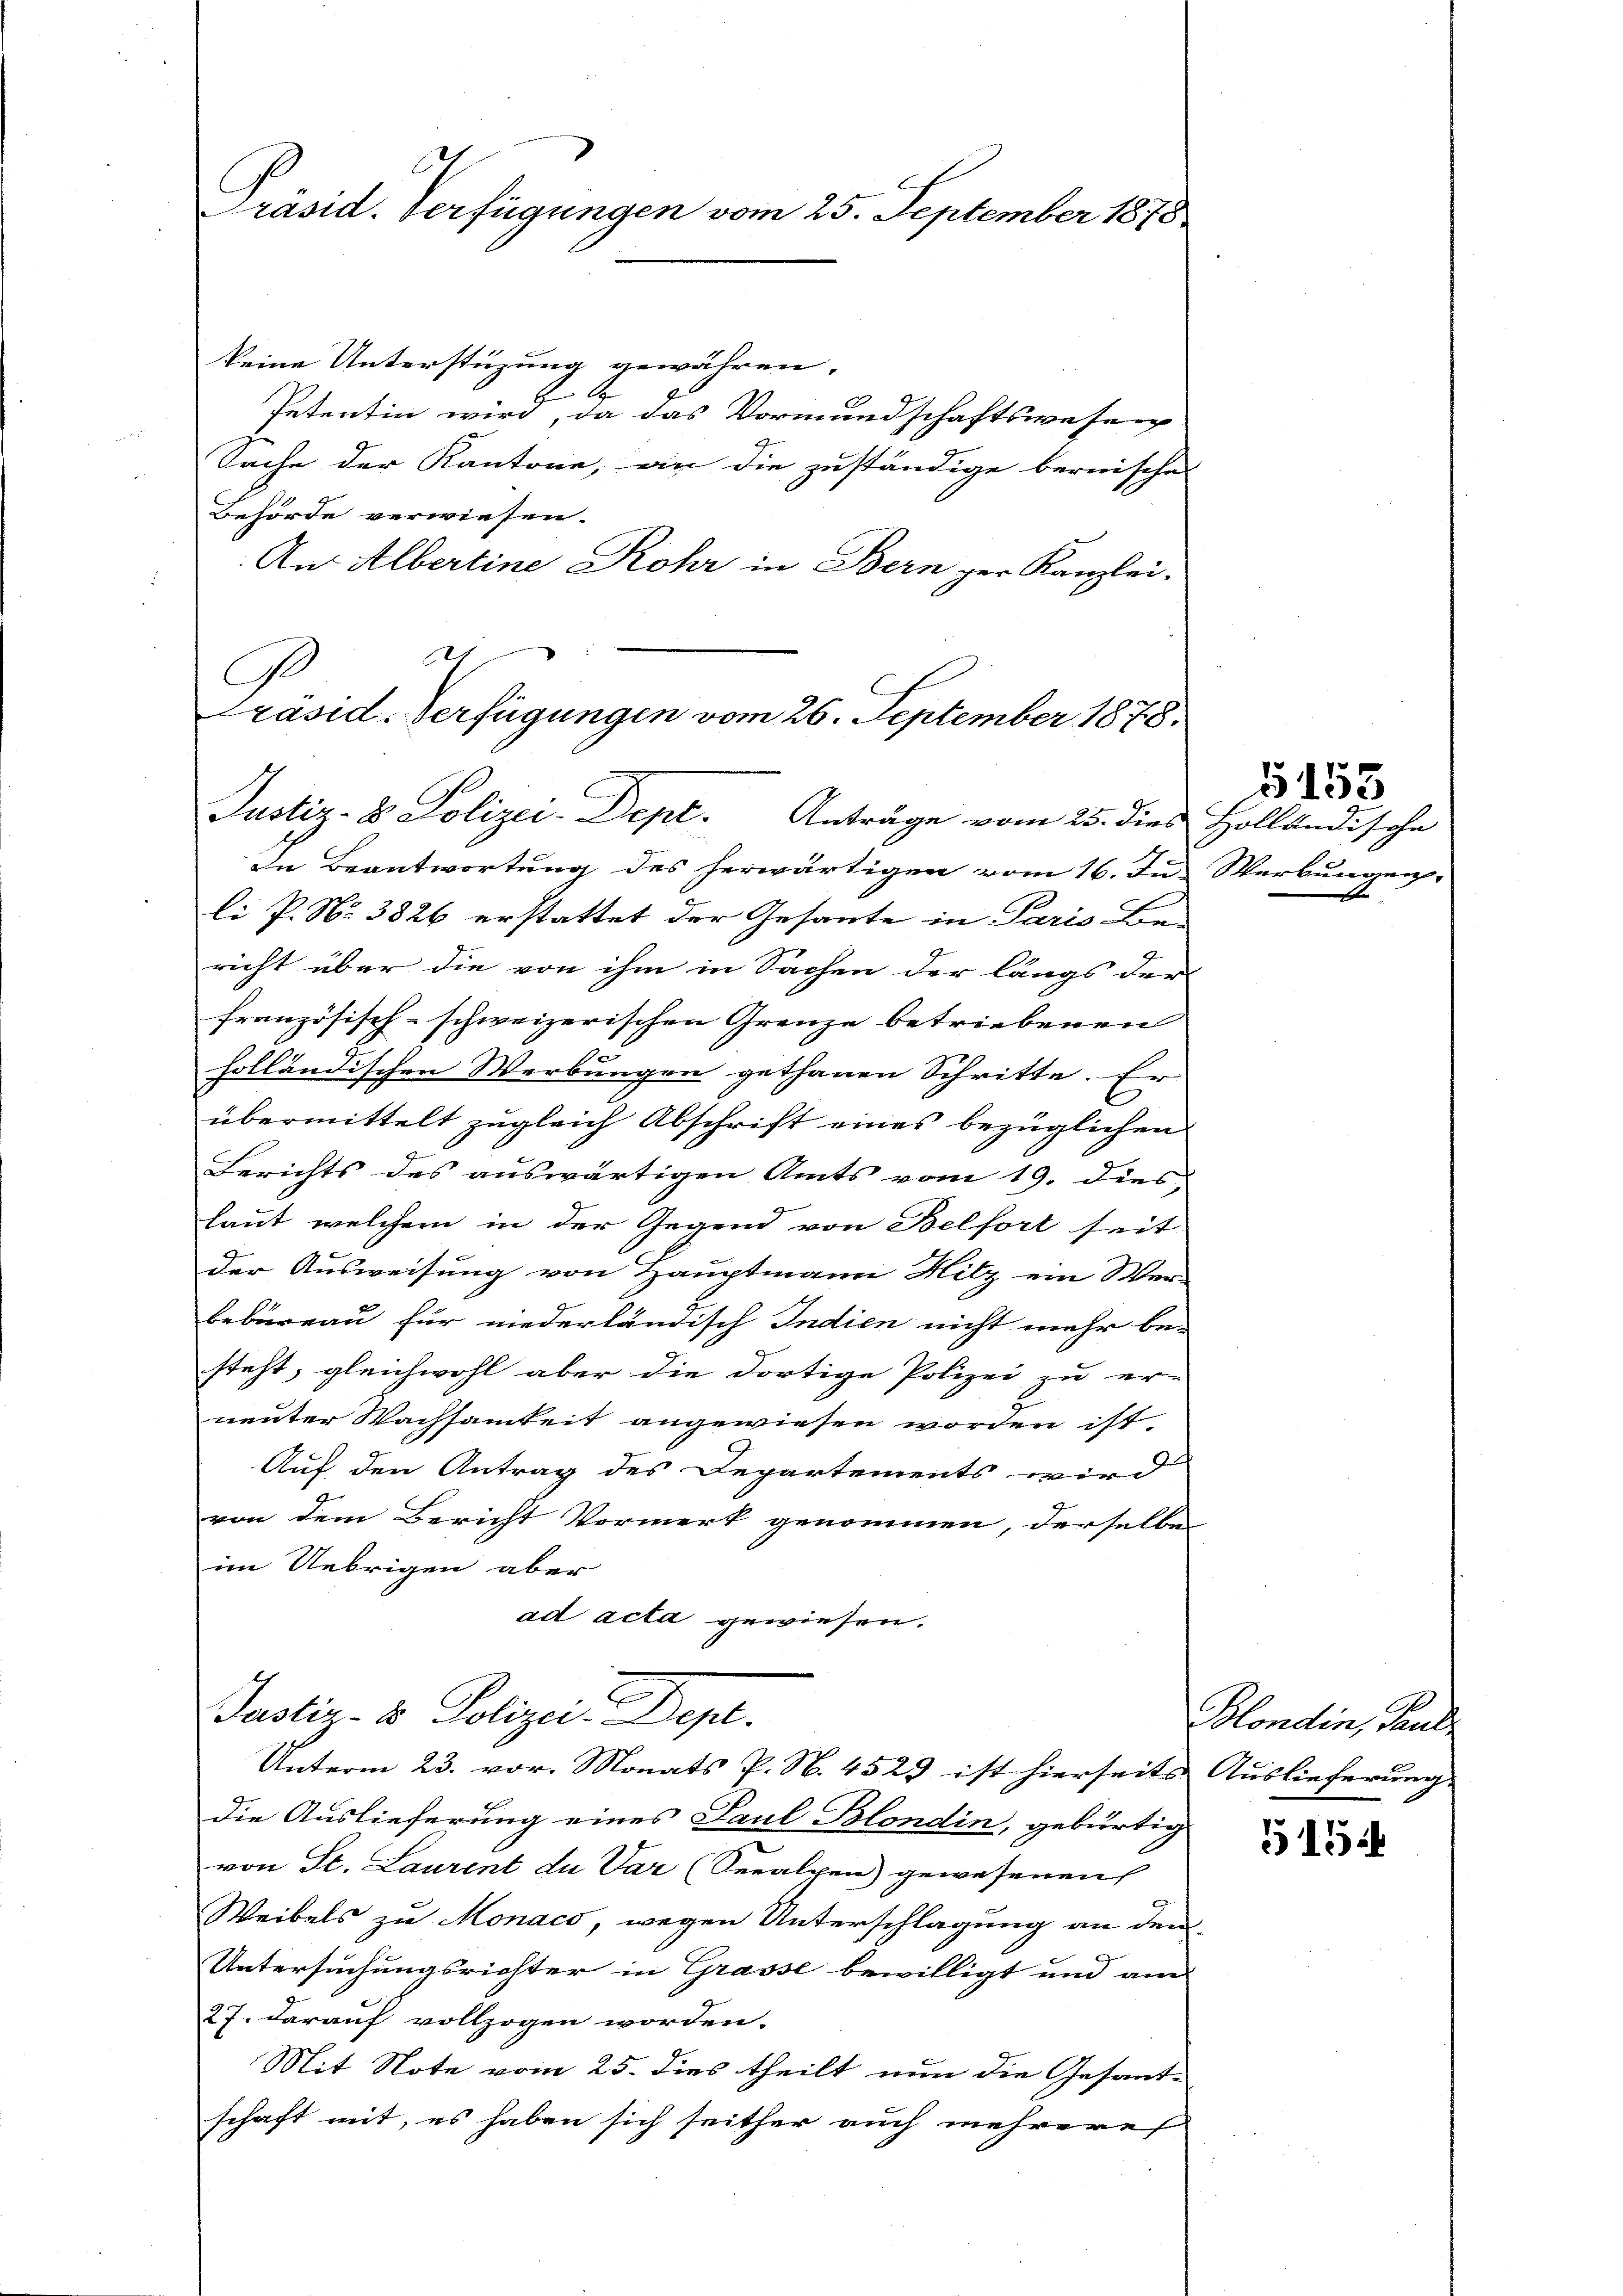
C
Präsid. Verfügungen vom 25. September 1873.

keine Unterstüzung gewähren,
Petentin wird, da das Vormundschaftswesen
Sache der Kantone, an die zuständige bernisches
Behörde verwiesen.
An Albertine Rohr in Bern zur Kanzlei.
h

G
Präsid. Verfügungen vom 26. September 1878.
Justiz- & Polizei-Dept. Anträge vom 25. dies Holländische

In Beantwortung des herwärtigen vom 16. Ju. Werbungen
li P. Nr. 3826 erstattet der Gesante in Paris Be-
richt über die von ihm in Sachen der längs der
französisch-schweizerischen Grenze betriebenen
10
holländischen Werbungen gethanen Schritte. Er
C
übermittelt zugleich Abschrift eines bezüglichen
Berichts des auswärtigen Amts vom 19. dies
laut welchem in der Gegend von Belfort seit
der Ausweisung von Hauptmann Hitz ein Wer-
bebureau für niederländisch Indien nicht mehr be-
steht, gleichwohl aber die dortige Polizei zu er-
2
neunter Wachsamkeit angewiesen worden ist.
Auf den Antrag des Departements wird
von dem Bericht Vormerk genommen, derselbe
im Uebrigen aber
ad acta gewiesen.

2
Justiz- & Polizei-Dept.
Unterm 23. vor. Monats P. N. 4523 ist hierseits Auslieferung

die Auslieferung eines Paul Blondin, gebürtig
von St. Laurent du Var (Seealpen) gewesenen
Weibels zu Monacs, wegen Unterschlagung an den
Untersuchungsrichter in Grasse bewilligt und am
27. darauf vollzogen worden.
Mit Note vom 25. dies theilt nun die Gesant-
schaft mit, es haben sich seither auch mehrere

§ 153

Blondin, Paul

515